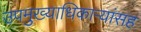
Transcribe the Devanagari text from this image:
उपमुख्याधिकाऱ्यांसह